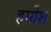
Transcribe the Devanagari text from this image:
हर्मीश